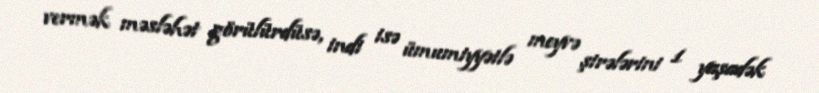
vermək məsləhət görülürdüsə, indi isə ümumiyyətlə meyvə şirələrini 1 yaşadək